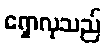
ရှောလုသည်